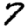
Digit: 7